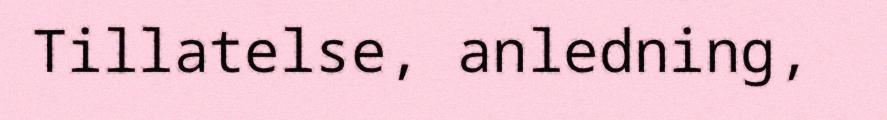
Tillatelse, anledning,